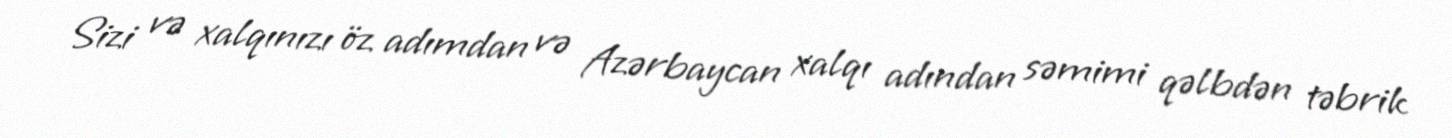
Sizi və xalqınızı öz adımdan və Azərbaycan xalqı adından səmimi qəlbdən təbrik